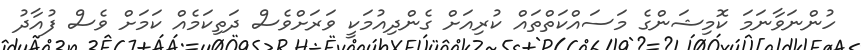
ހުންނަވާނަމަ ކޮމިޝަންގެ މަސައްކަތްތައް ކުރިއަށް ގެންދިއުމަކީ ވަރަށްވެސް ދަތިކަމެއް ކަމަށް ވެސް ފުއާދު